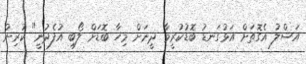
އަސްލު އެގޮތަށް އަޅުގަނޑު ބޮޑުކުރީމާ ދީނަށް މިހާ ބޮޑަށް ލޯބި އުފެދުނީ" ކުރިން